Annual statistical returns and brief notes on vaccination in Bengal - 1909-1929
Year: 1909
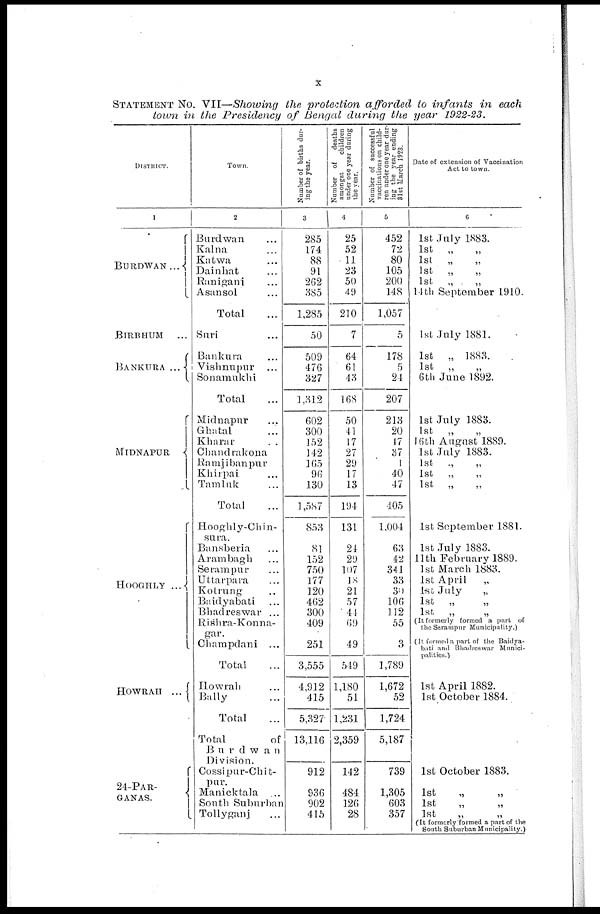
x
STATEMENT No. VII—Showing the protection afforded to infants in each
town in the Presidency of Bengal during the year 1922-23.
DISTRICT.
1
BURDWAN
...
BIRBHUM ...
BANKURA ...
MIDNAPUR
HOOGHLY ...
HOWRAH
...
24-PAR-
GANAS.
Town.
2
Burdwan ...
Kalna ...
Katwa ...
Dainhat ...
Ranigani ...
Asansol ...
Total ...
Suri ...
Bankura ...
Vishnupur
...
Sonamukhi ...
Total ...
Midnapur ...
Ghatal ...
Kharar
...
Chandrakona ...
Ramjibanpur ...
Khirpai ...
Tamluk ...
Total ...
Hooghly-Chin-
sura.
Bansberia ...
Arambagh ...
Serampur ...
Uttarpara ...
Kotrung ...
Baidyabati ...
Bhadreswar ...
Rishra-Konna-
gar.
Charapdani ...
Total ...
Howrah ...
Bally ...
Total ...
Total
of
Burdwan
Division.
Cossipur-Chit-
pur.
Manicktala ...
South Suburban
Tollyganj ...
Number of births dur-
ing the year.
3
285
174
88
91
262
385
1,285
50
509
476
327
1,312
602
300
152
142
165
96
130
3,587
853
81
152
750
177
320
462
300
409
251
3,555
4,912
415
5,327
13,116
912
936
902
415
Number of
deaths
amongst
children
under one year during
the year.
4
25
52
11
23
50
49
210
7
64
61
43
168
50
41
17
27
29
17
13
194
131
24
29
107
18
21
57
44
69
49
549
1,180
51
1,231
2,359
142
484
126
28
Number of successful
vaccinations on child-
ren under one year dur-
ing the year ending
31st March 1923.
5
452
72
80
105
200
348
1,057
5
178
5
24
207
233
20
17
37
1
40
47
405
1,004
63
42
341
33
30
106
112
55
3
3,789
1,672
52
1,724
5,187
739
1,305
603
357
Date of extension of Vaccination
Act to town.
6
1st July 1883.
1st „
„
1st „
„
1st „ „
1st „
„
14th September 1910.
1st July 1881.
1st „ 1883.
1st „
„
6th June 1892.
1st July 1883.
1st „
„
16th August 1889.
1st July 1883.
1st „ „
1st „ „
1st „
„
1st September 1881.
1st July 1883.
11th February 1889.
1st March 1883.
1st April
„
1st July
„
1st „ „
1st „
„
(It formerly formed a part of
the Serampur Municipality.)
(It formed a part of the Baidya-
bati and Bhadreswar Munici-
palities.)
1st April 1882.
1st October 1884.
1st October 1883.
1st
„
„
1st
„ „
1st „ „
(It formerly formed a part of the
South Suburban Municipality.)